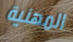
المهنية